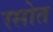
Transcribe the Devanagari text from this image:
रसोत